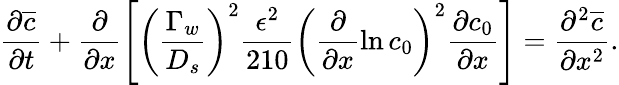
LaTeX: \frac{\partial\overline{{c}}}{\partial t}+\frac{\partial}{\partial x}\left[\left(\frac{\Gamma_{w}}{D_{s}}\right)^{2}\frac{\epsilon^{2}}{210}\left(\frac{\partial}{\partial x}\ln c_{0}\right)^{2}\frac{\partial c_{0}}{\partial x}\right]=\frac{\partial^{2}\overline{{c}}}{\partial x^{2}}.